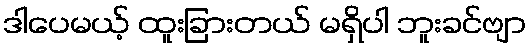
ဒါပေမယ့် ထူးခြားတယ် မရှိပါ ဘူးခင်ဗျာ